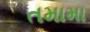
તમામા